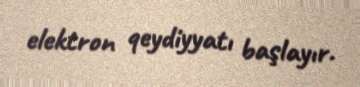
elektron qeydiyyatı başlayır.